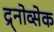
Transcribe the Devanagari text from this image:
द्र्नोव्सेक